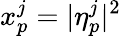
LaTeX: x_{p}^{j}=|\eta_{p}^{j}|^{2}